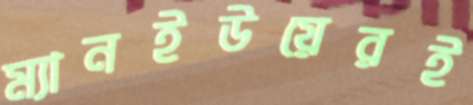
ম্যানইউয়েরই